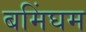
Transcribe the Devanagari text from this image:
बमिंघम